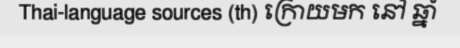
Thai-language sources (th) ក្រោយមក នៅ ឆ្នាំ